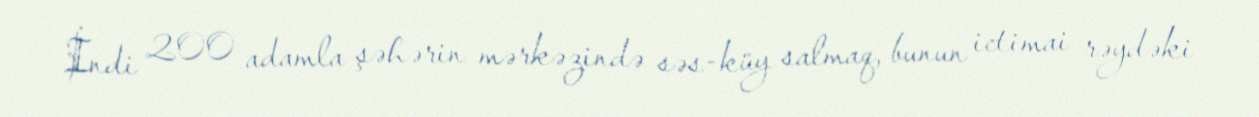
İndi 200 adamla şəhərin mərkəzində səs-küy salmaq, bunun ictimai rəydəki